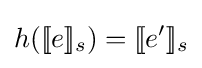
h([\![e]\!]_{s})=[\![e']\!]_{s}